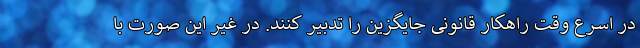
در اسرع وقت راهکار قانونی جایگزین را تدبیر کنند. در غیر این صورت با